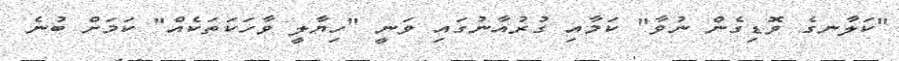
"ކަލާނގެ ވޮޑިގެން ނުވާ" ކަމާއި ގުރުއާނުގައި ވަނީ "ހިޔާލީ ވާހަކަތަކެއް" ކަމަށް ބުނެ